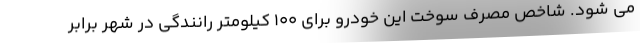
می شود. شاخص مصرف سوخت این خودرو برای 100 کیلومتر رانندگی در شهر برابر